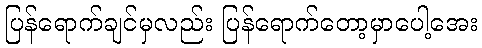
ပြန်ရောက်ချင်မှလည်း ပြန်ရောက်တော့မှာပေါ့အေး